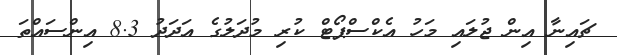
ޗައިނާ އިން ޖުލައި މަހު އެކްސްޕޯޓް ކުރި މުދަލުގެ އަދަދު 8.3 އިންސައްތަ